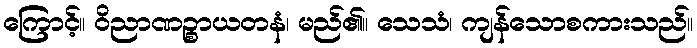
ကြောင့်။ ဝိညာဏဉ္စာယတနံ၊ မည်၏။ သေသံ၊ ကျန်သောစကားသည်။